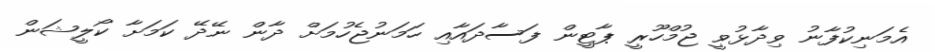
އެމަނިކުފާނު ވިދާޅުވީ ޖުމްހޫރީ ޕާޓީން ފަސާދައާއި ހަމަނުޖެހުމަށް ދާން ނޭދޭ ކަމަށާ ކޯލީޝަން